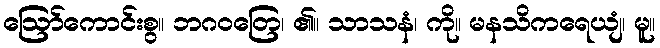
ဩော်ကောင်းစွ။ ဘဂဝတြေ၊ ၏။ သာသနံ၊ ကို။ မနသိကရေယျံ၊ မူ။